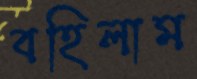
বহিলাম